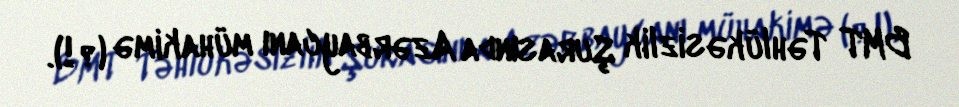
BMT Təhlükəsizlik Şurasında Azərbaycanı mühakimə (?!).